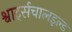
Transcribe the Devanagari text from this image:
श्वार्ट्सचालइल्ड